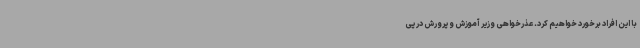
با این افراد برخورد خواهیم کرد. عذرخواهی وزیر آموزش و پرورش در پی